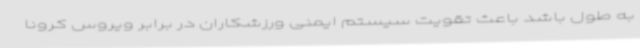
به طول باشد باعث تقویت سیستم ایمنی ورزشکاران در برابر ویروس کرونا